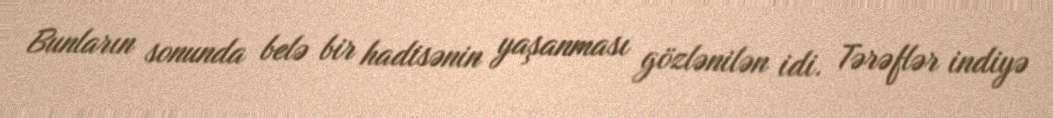
Bunların sonunda belə bir hadisənin yaşanması gözlənilən idi. Tərəflər indiyə